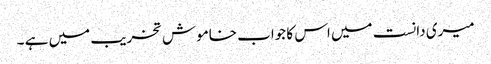
میری دانست میں اس کا جواب خاموش تخریب میں ہے ۔